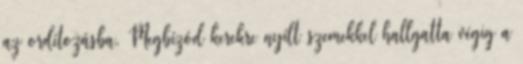
az ordítozásba. Megbízód kerekre nyílt szemekkel hallgatta végig a